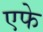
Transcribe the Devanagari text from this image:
एफे